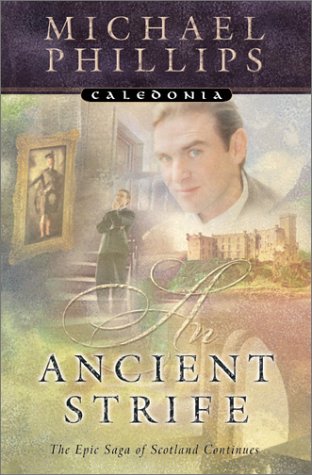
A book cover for An Ancient Strife (Caledonia Series, Book 2); Michael Phillips; Romance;